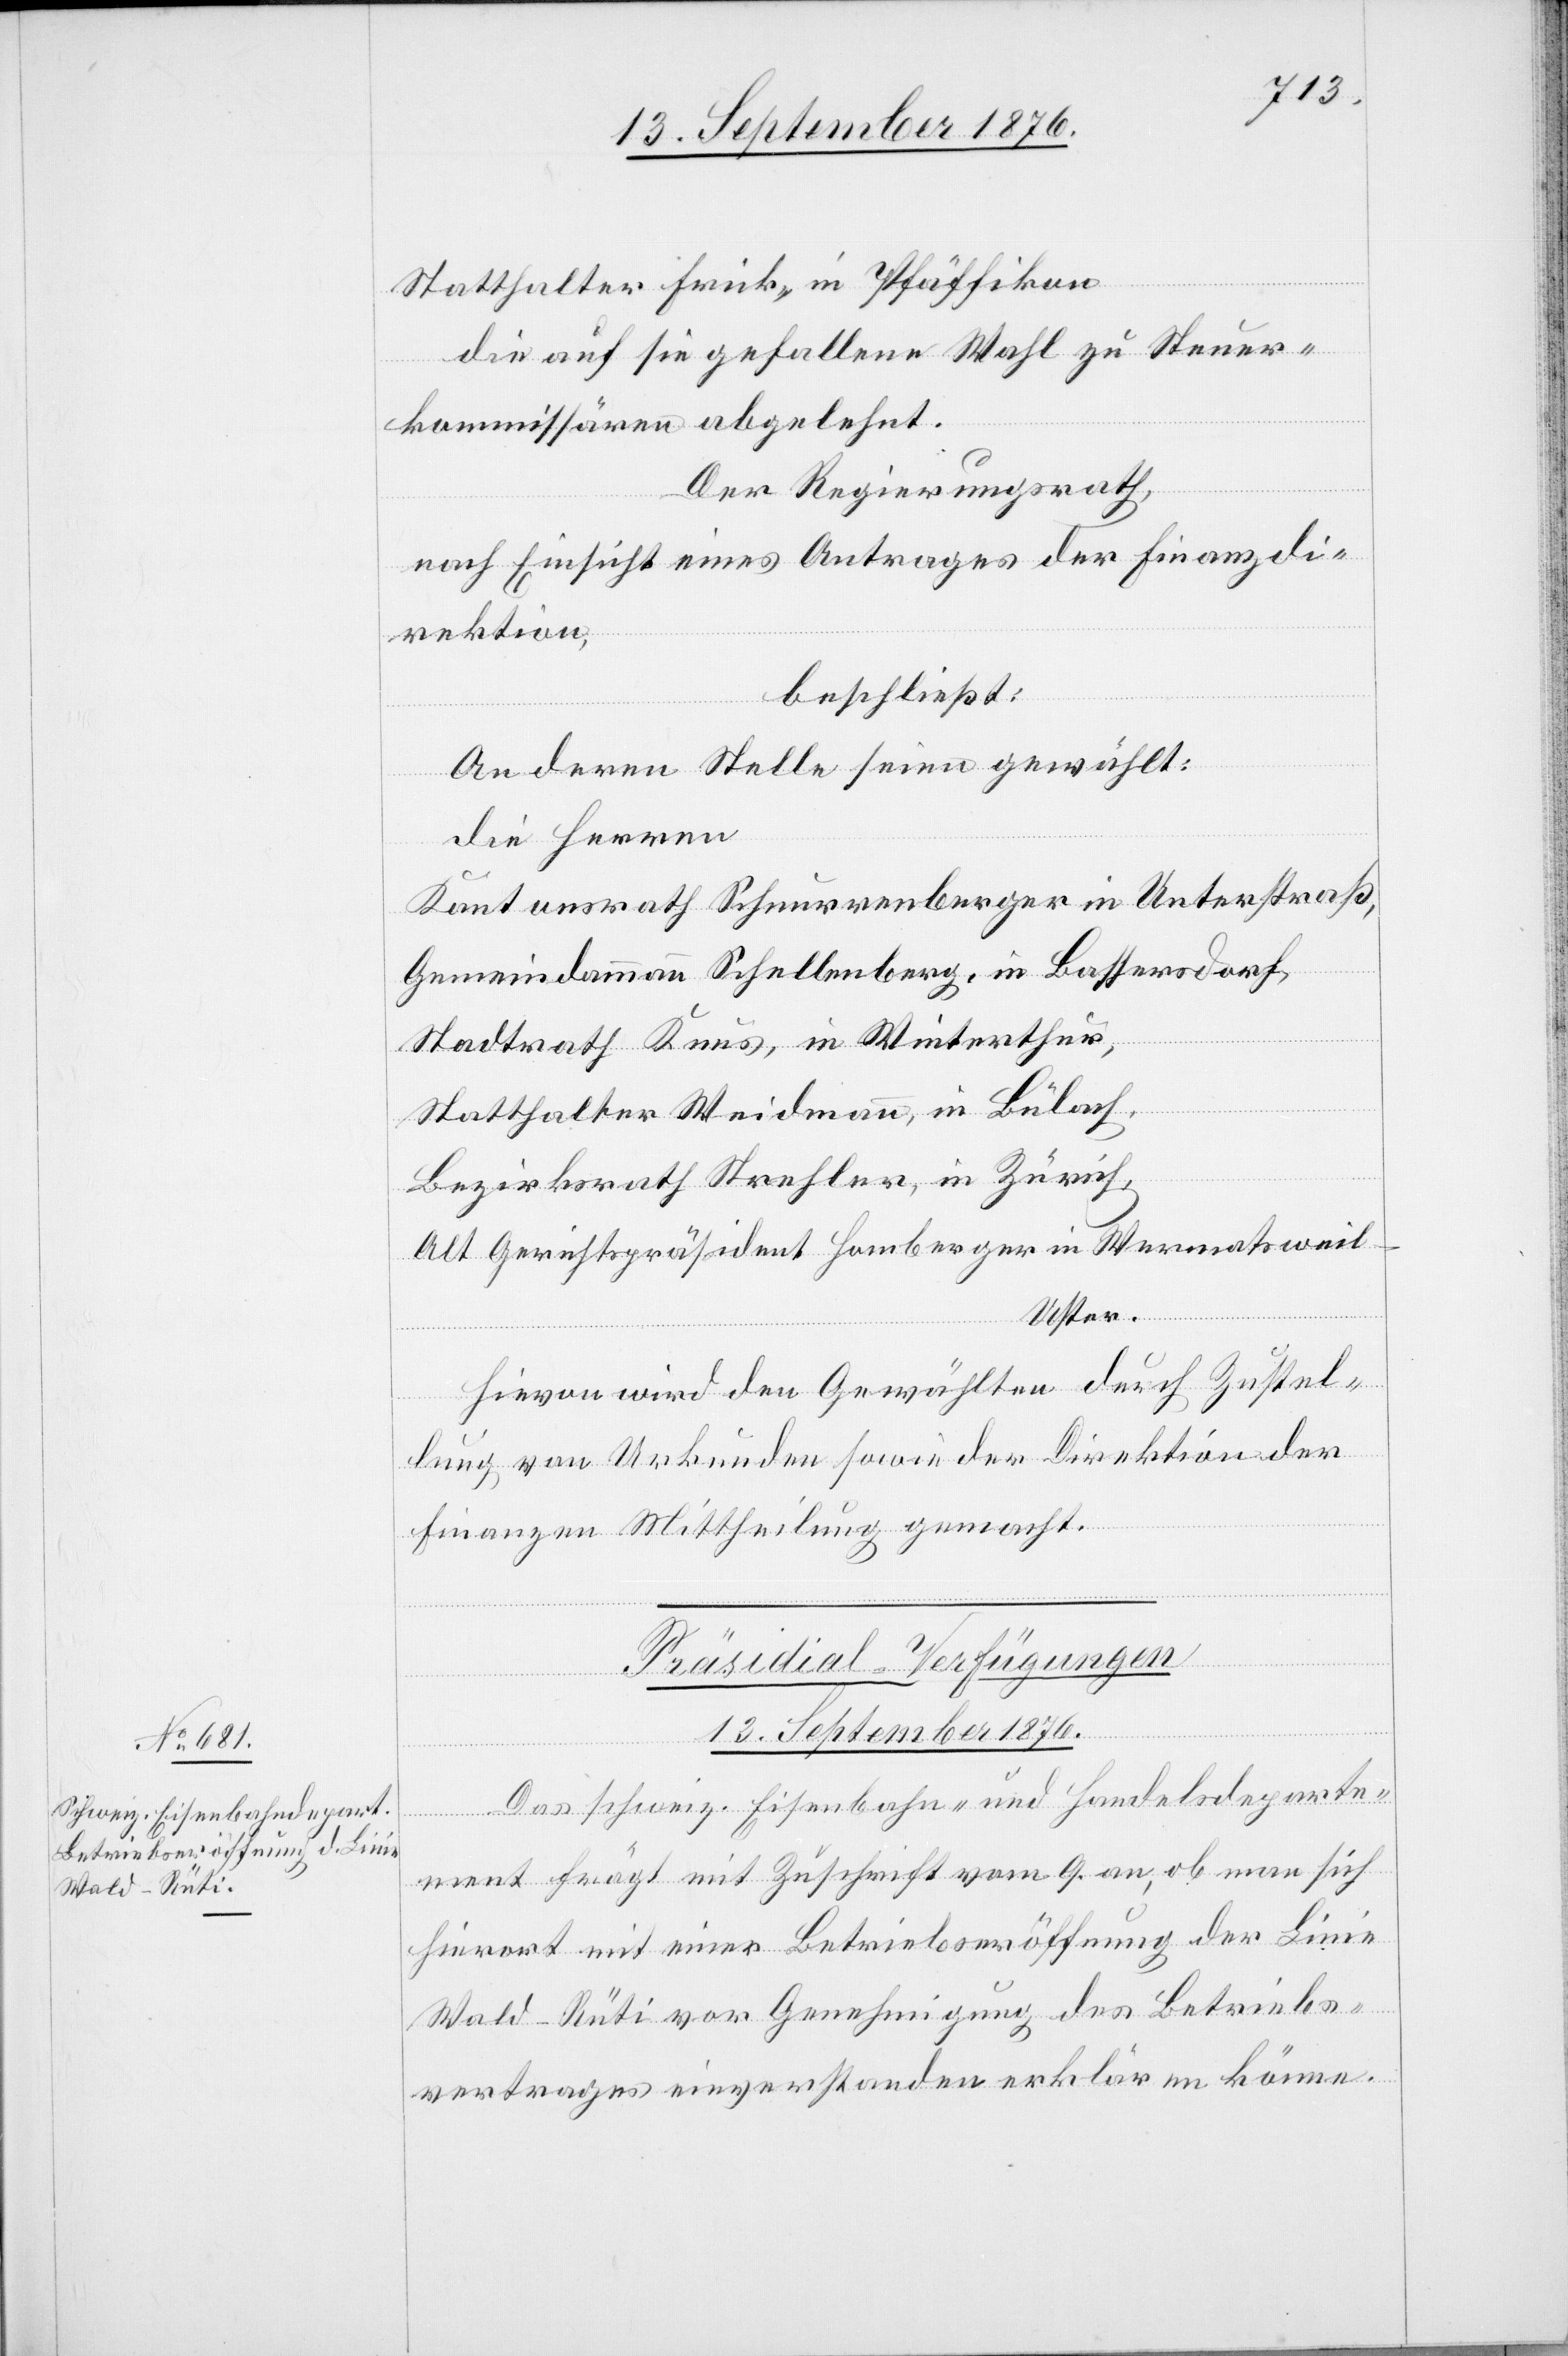
Statthalter Frick, in Pfäffikon
die auf sie gefallene Wahl zu Steuer¬
kommissären abgelehnt.
Der Regierungsrath,
nach Einsicht eines Antrages der Finanzdi¬
rektion,
beschließt:
An deren Stelle seien gewählt:
die Herren
Kantonsrath Schnurrenberger in Unterstraß,
Gemeindammann Schellenberg, in Bassersdorf,
Stadtrath Knus, in Winterthur,
Statthalteramt Weidmann, in Bülach,
Bezirksrath Strehler, in Zürich,
Alt Gerichtspräsident Homberger in Wermatsweil
-
Uster.
Hievon wird den Gewählten durch Zustel¬
lung von Urkunden sowie der Direktion der
Finanzen Mittheilung gemacht.
Präsidial-Verfügungen
13. September 1876.
Das schweiz. Eisenbahn- und Handelsdeparte¬
ment frägt mit Zuschrift vom 9. an, ob man sich
hierort mit einer Betriebseröffnung der Linie
Wald–Rüti vor Genehmigung des Betriebs¬
vertrages einverstanden erklären könne.